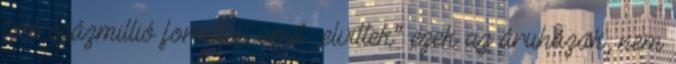
több százmillió forintból amit „elvittek” ezek az áruházak, nem